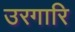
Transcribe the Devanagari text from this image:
उरगारि